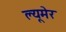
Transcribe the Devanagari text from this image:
ल्यूमेर